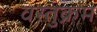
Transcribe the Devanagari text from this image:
वस्तुक्रम